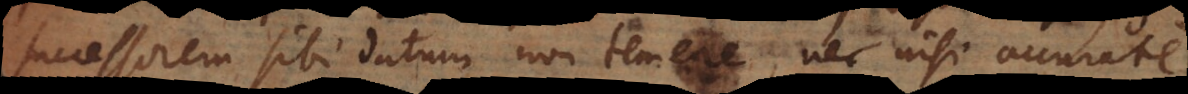
successorem sibi datum non temere, nec nisi accurate